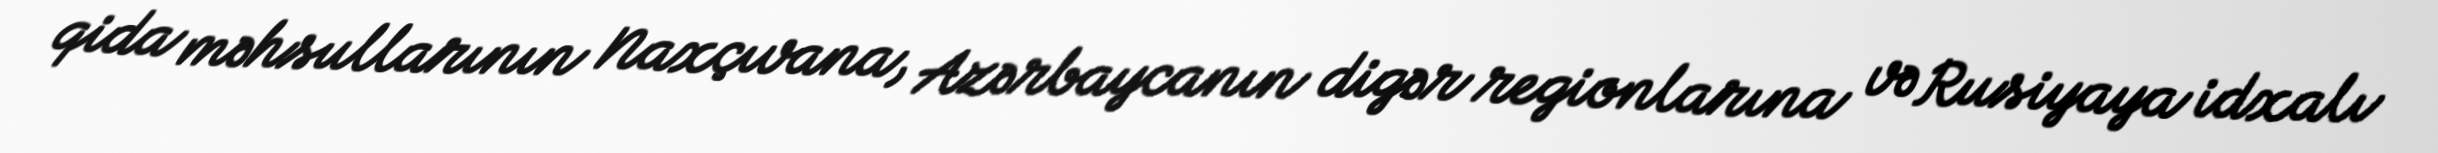
qida məhsullarının Naxçıvana, Azərbaycanın digər regionlarına və Rusiyaya idxalı